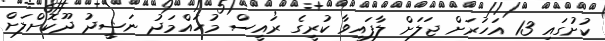
ކުށުގައި 13 އަހަރަށް ޖަލަށް ލާފައިވާ ކުރީގެ ރައީސް މުހައްމަދު ނަޝީދު ދޫކޮށްލަށް